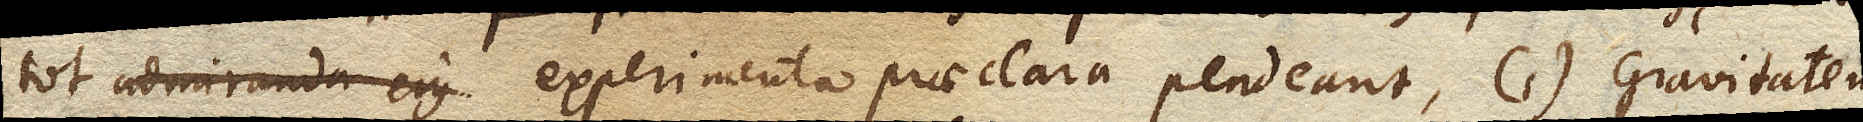
tot admiranda ejus experimenta praeclara pendeant, (1) Gravitatem,